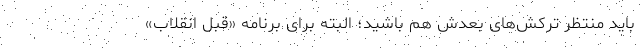
باید منتظر ترکش‌های بعدش هم باشید؛ البته برای برنامه «قبل انقلاب»